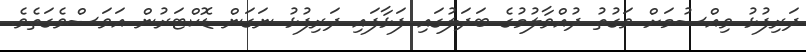
ދަރިފުޅު ވިއްސުމަށް ވަގުތު ދުއްވާލުމުގެ ބަދަލުގައި ފަޅާފައި ދަރިފުޅު ނަގަން ޑޮކްޓަރުން އަވަސްވެގަތެވެ.